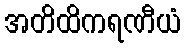
အတိထိကရဏီယံ